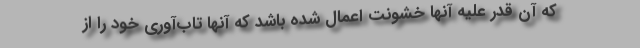
كه آن قدر عليه آنها خشونت اعمال شده باشد كه آنها تاب‌آوري خود را از